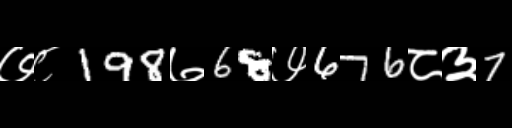
Text: ७८198७68७676८३7